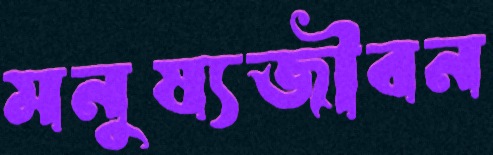
মনুষ্যজীবন